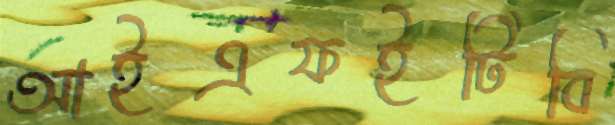
আইএফইটিবি